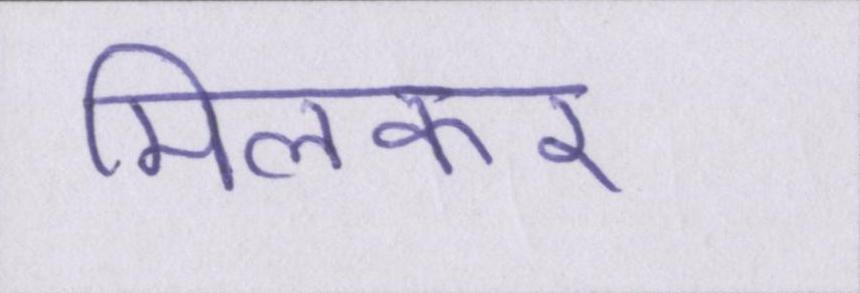
मिलकर